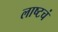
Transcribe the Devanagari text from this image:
लाष्टचं